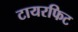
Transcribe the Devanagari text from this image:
टायरफिट